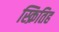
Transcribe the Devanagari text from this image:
स्क्रितिह